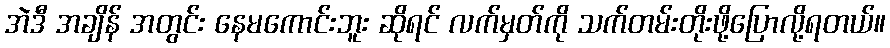
အဲဒီ အချိန် အတွင်း နေမကောင်းဘူး ဆိုရင် လက်မှတ်ကို သက်တမ်းတိုးဖို့ပြောလို့ရတယ်။